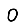
Digit: 0